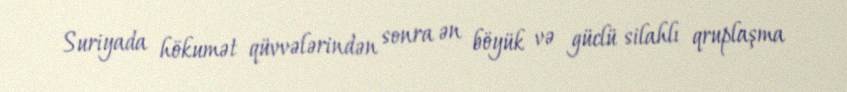
Suriyada hökumət qüvvələrindən sonra ən böyük və güclü silahlı qruplaşma